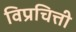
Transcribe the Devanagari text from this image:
विप्रचित्ती